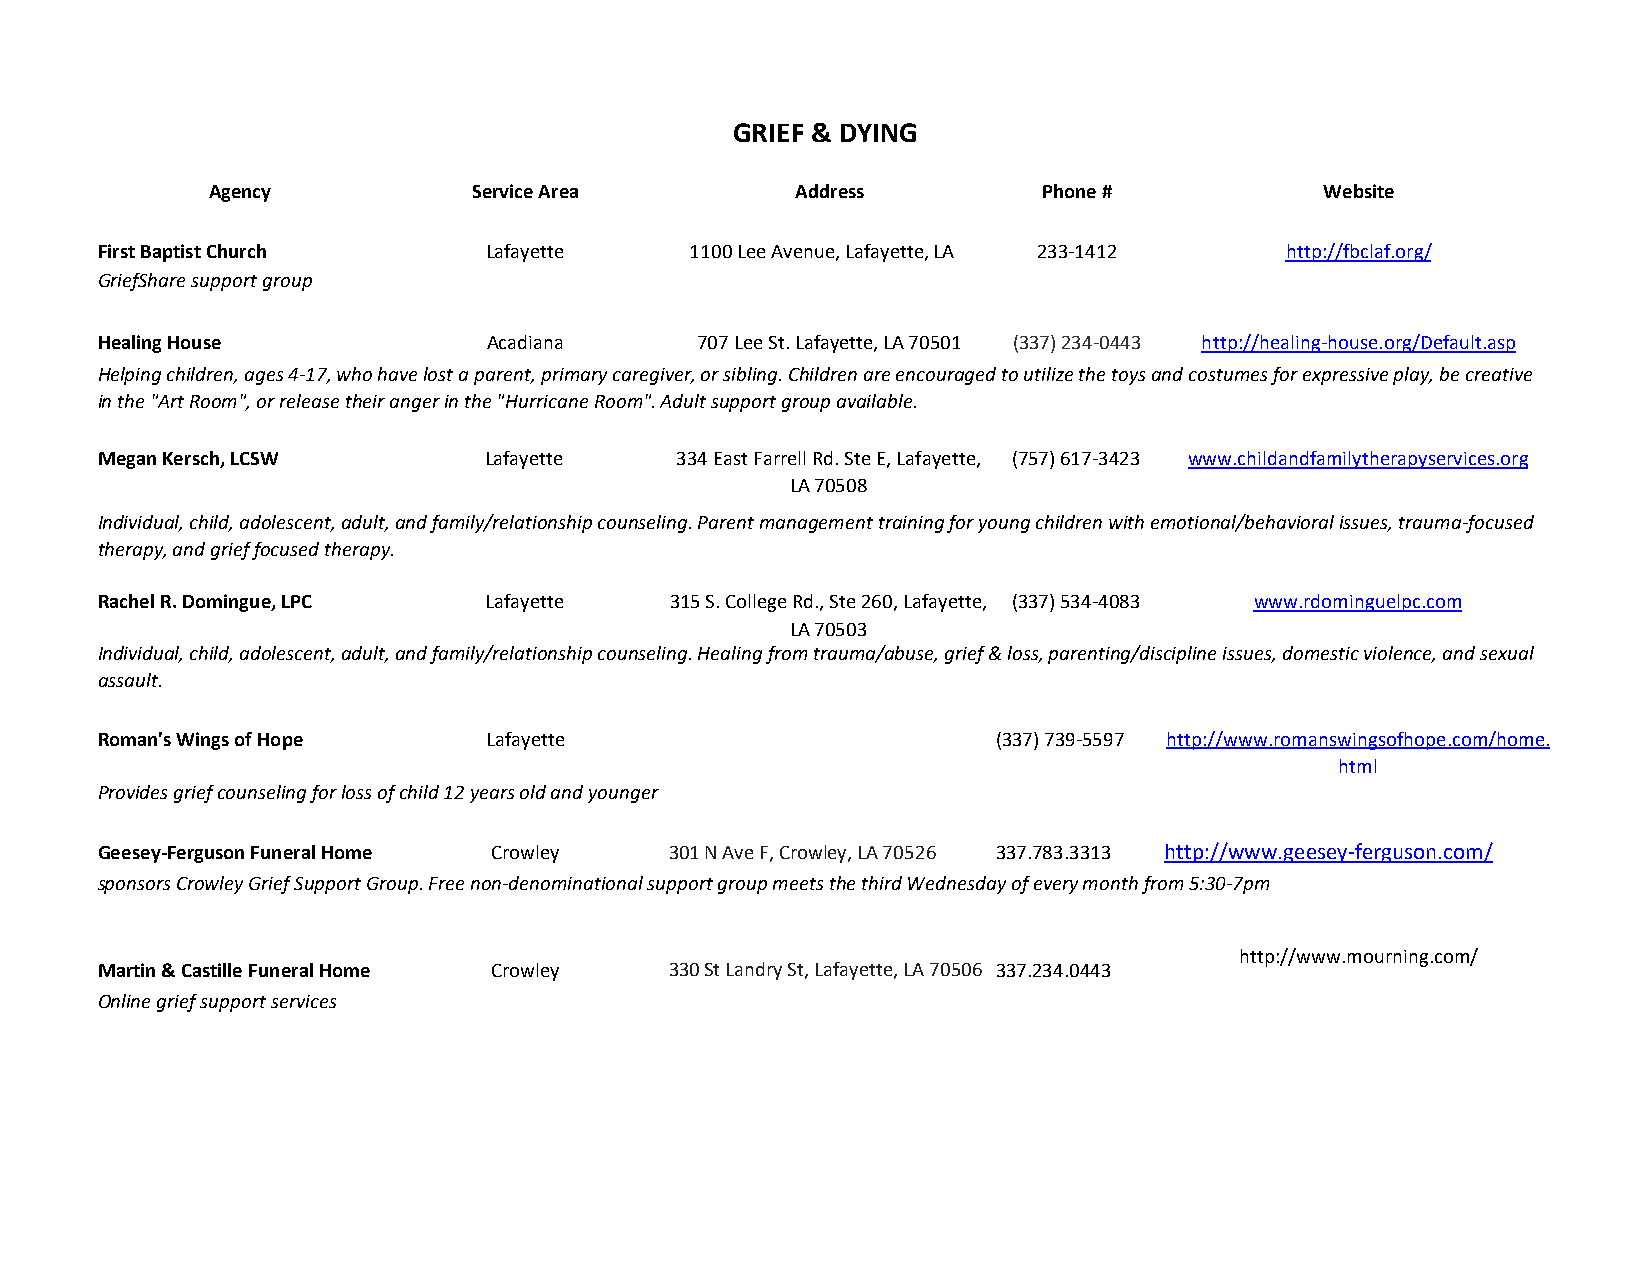
GRIEF & DYING
 Agency           Service Area          Address         Phone #            Website
 First Baptist Church      Lafayette     1100 Lee Avenue, Lafayette, LA 233-1412 http://fbclaf.org/
 GriefShare support group
 Healing House             Acadiana      707 Lee St. Lafayette, LA 70501 (337) 234-0443 http://healing-house.org/Default.asp
 Helping children, ages 4-17, who have lost a parent, primary caregiver, or sibling. Children are encouraged to utilize the toys and costumes for expressive play, be creative
 in the "Art Room", or release their anger in the "Hurricane Room". Adult support group available.
 Megan Kersch, LCSW        Lafayette    334 East Farrell Rd. Ste E, Lafayette, (757) 617-3423 www.childandfamilytherapyservices.org
 LA 70508
 Individual, child, adolescent, adult, and family/relationship counseling. Parent management training for young children with emotional/behavioral issues, trauma-focused
 therapy, and grief focused therapy.
 Rachel R. Domingue, LPC   Lafayette   315 S. College Rd., Ste 260, Lafayette, (337) 534-4083 www.rdominguelpc.com
 LA 70503
 Individual, child, adolescent, adult, and family/relationship counseling. Healing from trauma/abuse, grief & loss, parenting/discipline issues, domestic violence, and sexual
 assault.
 Roman's Wings of Hope     Lafayette                         (337) 739-5597 http://www.romanswingsofhope.com/home.
 html
 Provides grief counseling for loss of child 12 years old and younger
 Geesey-Ferguson Funeral Home Crowley  301 N Ave F, Crowley, LA 70526 337.783.3313 http://www.geesey-ferguson.com/
 sponsors Crowley Grief Support Group. Free non-denominational support group meets the third Wednesday of every month from 5:30-7pm
 http://www.mourning.com/
 Martin & Castille Funeral Home Crowley 330 St Landry St, Lafayette, LA 70506 337.234.0443
 Online grief support services